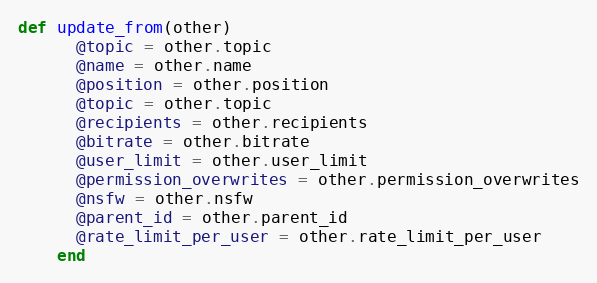
Language: Ruby
def update_from(other)
      @topic = other.topic
      @name = other.name
      @position = other.position
      @topic = other.topic
      @recipients = other.recipients
      @bitrate = other.bitrate
      @user_limit = other.user_limit
      @permission_overwrites = other.permission_overwrites
      @nsfw = other.nsfw
      @parent_id = other.parent_id
      @rate_limit_per_user = other.rate_limit_per_user
    end